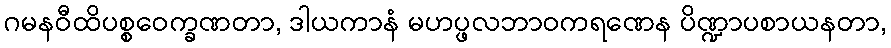
ဂမနဝီထိပစ္စဝေက္ခဏတာ, ဒါယကာနံ မဟပ္ဖလဘာဝကရဏေန ပိဏ္ဍာပစာယနတာ,